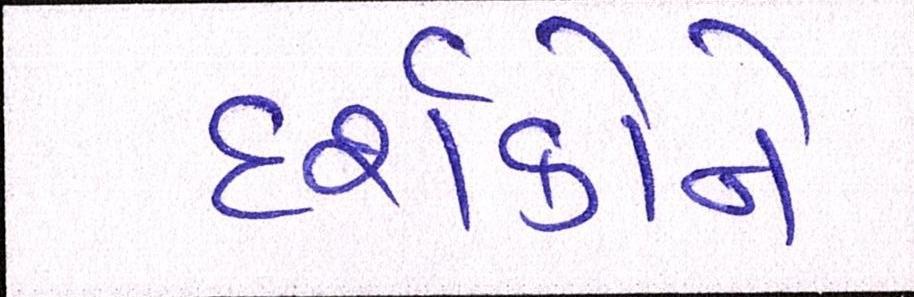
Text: દર્શકોને